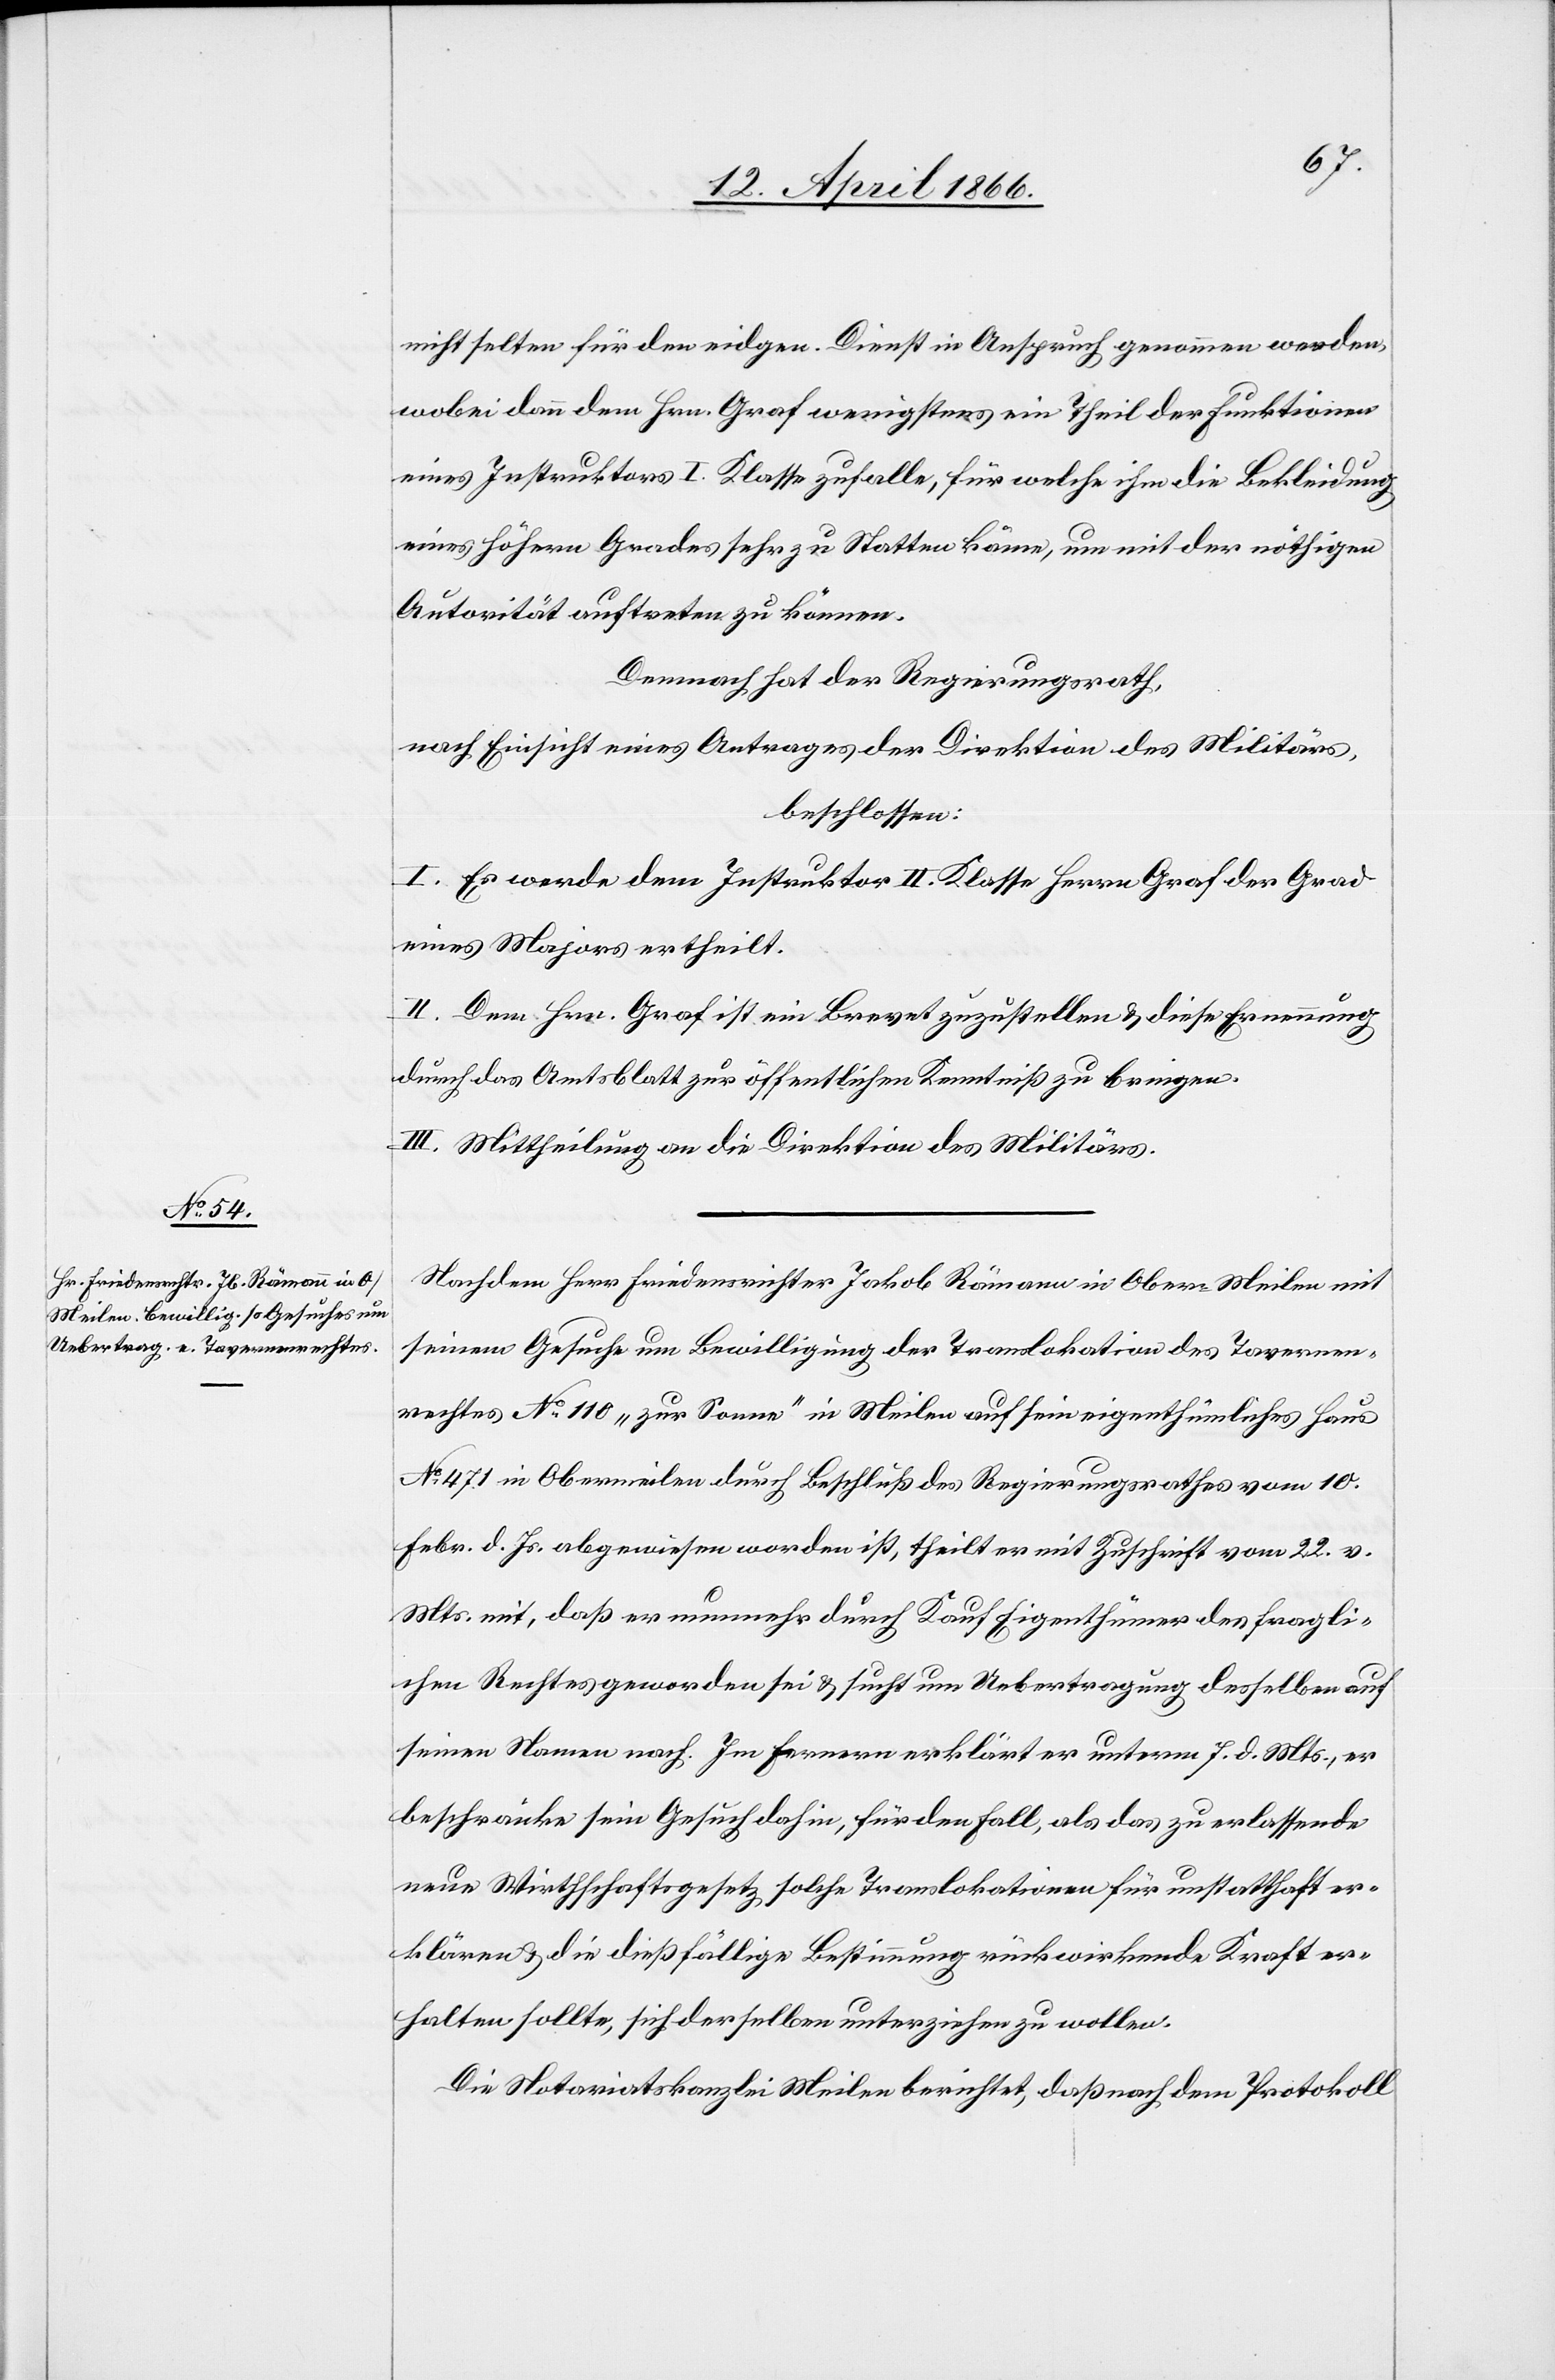
nicht selten für den eidgen. Dienst in Anspruch genommen werden,
wobei dann dem Hrn. Graf wenigstens ein Theil der Funktionen
eines Instruktors I. Klasse zufalle, für welche ihm die Bekleidung
eines höhern Grades sehr zu Statten käme, um mit der nöthigen
Autorität auftreten zu können.
Demnach hat der Regierungsrath,
nach Einsicht eines Antrages der Direktion des Militärs,
beschlossen:
I. Es werde dem Instruktor II. Klasse Herrn Graf der Grad
eines Majors ertheilt.
II. Dem Hrn. Graf ist ein Brevet zuzustellen u. diese Ernennung
durch das Amtsblatt zur öffentlichen Kenntniß zu bringen.
III. Mittheilung an die Direktion des Militärs.
Nachdem Herr Friedensrichter Jakob Römann in Ober-Meilen mit
seinem Gesuche um Bewilligung der Translokation des Tavernen¬
rechtes No. 110 „zur Sonne“ in Meilen auf sein eigenthümliches Haus
No. 471 in Obermeilen durch Beschluß des Regierungsrathes vom 10.
Febr. d. Js. abgewiesen worden ist, theilt er mit Zuschrift vom 22. v.
Mts. mit, daß er nunmehr durch Kauf Eigenthümer des fragli¬
chen Rechtes geworden sei u. sucht um Uebertragung desselben auf
seinen Namen nach. Im Fernern erklärt er unterm 7. d. Mts., er
beschränke sein Gesuch dahin, für den Fall, als das zu erlassende
neue Wirthschaftsgesetz solche Translokationen für unstatthaft er¬
klären u. die dießfällige Bestimmung rückwirkende Kraft er¬
halten sollte, sich derselben unterziehen zu wollen.
Die Notariatskanzlei Meilen berichtet, daß nach dem Protokoll